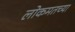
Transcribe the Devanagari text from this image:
लोकमतच्या